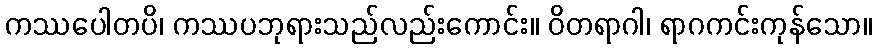
ကဿပေါတပိ၊ ကဿပဘုရားသည်လည်းကောင်း။ ဝိတရာဂါ၊ ရာဂကင်းကုန်သော။